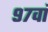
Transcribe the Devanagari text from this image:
९७वां